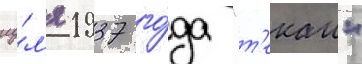
иу́л'я 1937 го́да "т'екаи"